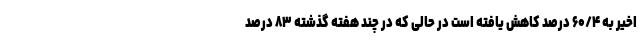
اخیر به ۶۰/۴ درصد کاهش یافته است در حالی که در چند هفته گذشته ۸۳ درصد